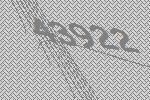
43922